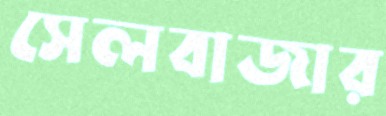
সেলবাজার